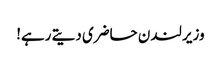
وزیر لندن حاضری دیتے رہے!